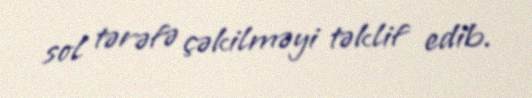
sol tərəfə çəkilməyi təklif edib.